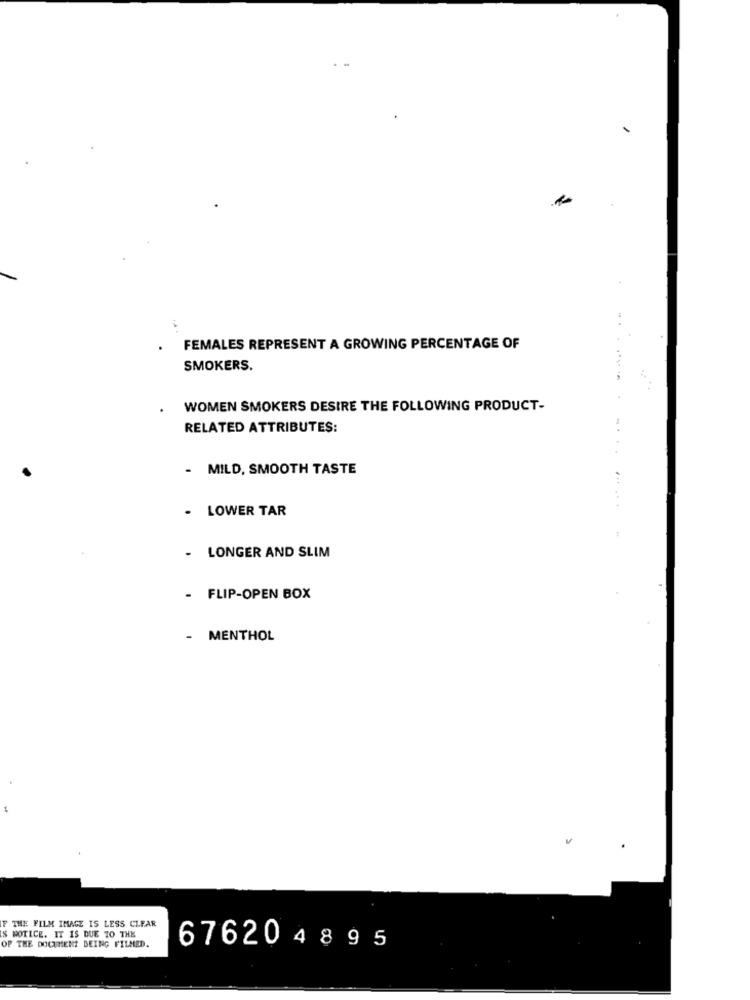
FEMALES REPRESENT A GROWING PERCENTAGE OF
SMOKERS.
WOMEN SMOKERS DESIRE THE FOLLOWING PRODUCT-
RELATED ATTRIBUTES:
- MILD, SMOOTH TASTE
- LOWER TAR
LONGER AND SLIM
- FLIP-OPEN BOX
MENTHOL
THE FILM IMAGE IS LESS CLEAR
$ WOTICE. IT IS DUE TO THE
OF THE DOCUMENT BEING FILMED.
676204895